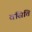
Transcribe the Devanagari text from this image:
वसिति